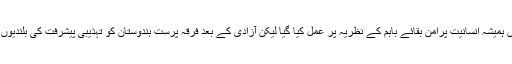
اصل بات یہ ہے کہ ہندوستان میں ہمیشہ انسانیت پرامن بقائے باہم کے نظریہ پر عمل کیا گیا لیکن آزادی کے بعد فرقہ پرست ہندوستان کو تہذیبی پیشرفت کی بلندیوں پر پہنچنے سے روک رہے ہیں۔